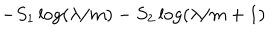
- S _ { 1 } \log ( \lambda / m ) - S _ { 2 } \log ( \lambda / m + 1 )